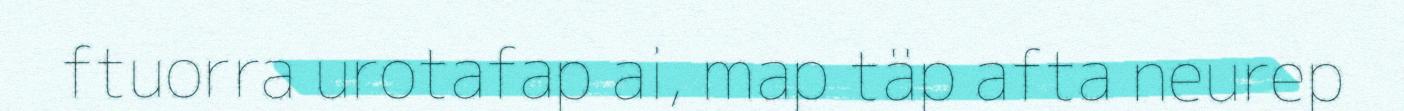
ftuorra urotafap ai, map täp afta neurep